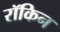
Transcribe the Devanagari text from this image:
रॉकिन